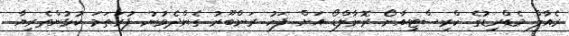
ރެއާލް މެޑްރިޑުގެ ކްރިސްޓިއާނޯ ރޮނާލްޑޯ އަށް ފަހު ރަންބޫރު ގެންދެވުނު ފުރަތަމަ ކުޅުންތެރިޔާ